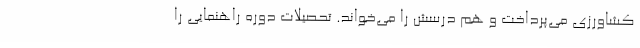
کشاورزی می‌پرداخت و هم درسش را می‌خواند. تحصیلات دوره راهنمایی را